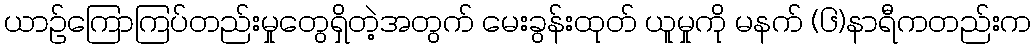
ယာဉ်ကြောကြပ်တည်းမှုတွေရှိတဲ့အတွက် မေးခွန်းထုတ် ယူမှုကို မနက် (၆)နာရီကတည်းက